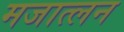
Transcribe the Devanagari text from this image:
मजात्लन